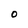
Character: o